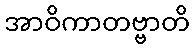
အာဝိကာတဗ္ဗာတိ